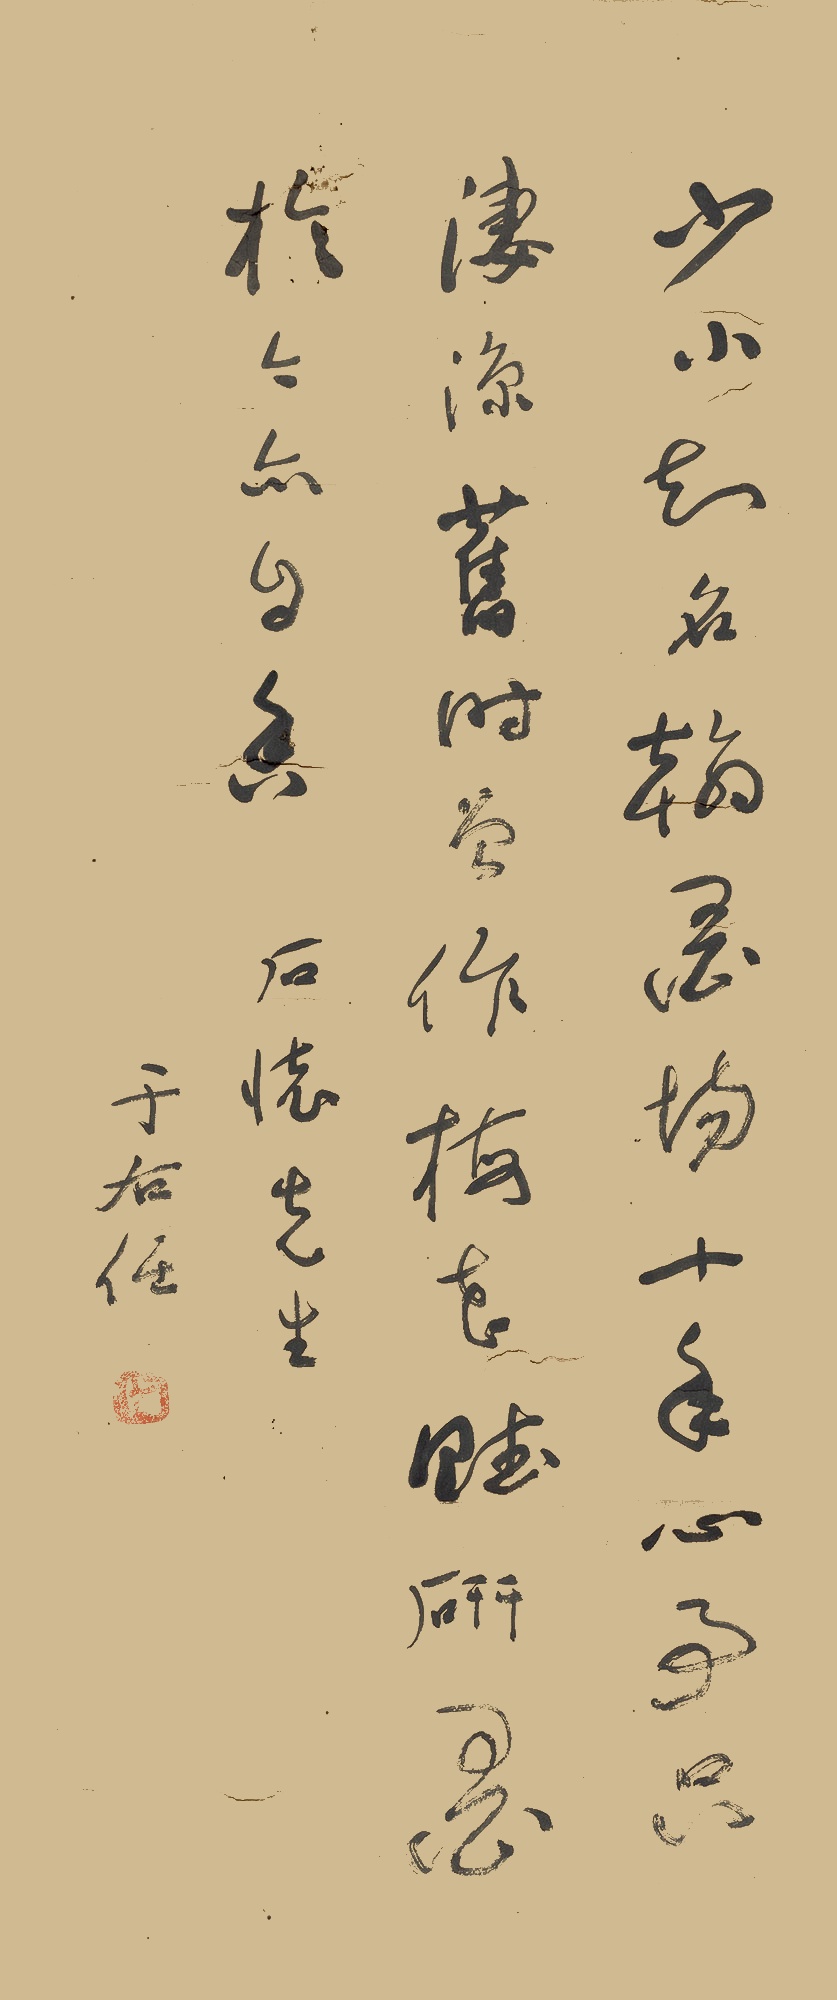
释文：少小知名翰墨场，十年心事只凄凉。旧时曾作梅花赋，研墨于今亦自香。石怀先生。于右任。